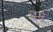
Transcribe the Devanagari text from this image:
घर्म